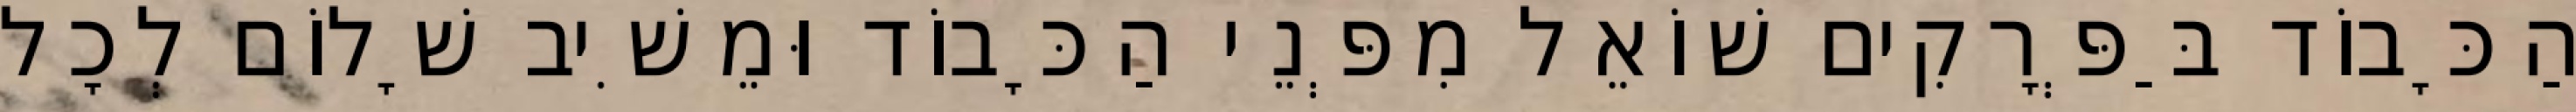
הַכָּבוֹד בַּפְּרָקִים שׁוֹאֵל מִפְּנֵי הַכָּבוֹד וּמֵשִׁיב שָׁלוֹם לְכָל